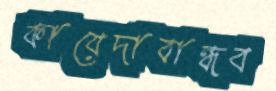
কায়েদাবান্ধব